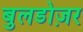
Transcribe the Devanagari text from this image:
बुलडोज़र